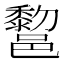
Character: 𰻿